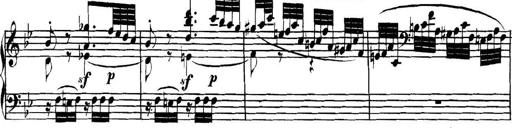
Title: Collected Piano Sonatas
Composer: Muzio Clementi